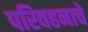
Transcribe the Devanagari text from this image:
परिवहनाचे